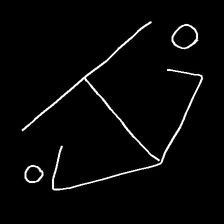
Glyph: earth